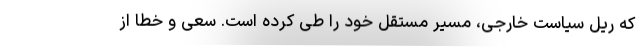
­که ریل سیاست خارجی، مسیرِ مستقلِ خود را طی کرده است. سعی و خطا از